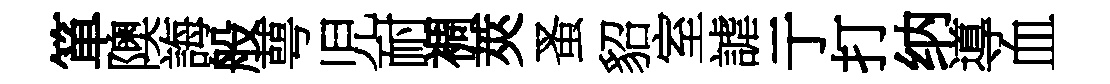
箪隩誨般萼児耐裯莢蚤貂室謔亍打纳導血